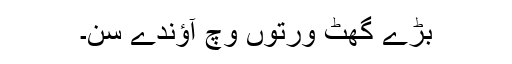
بڑے گھٹ ورتوں وچ آؤندے سن۔